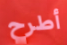
أطرح